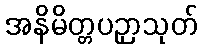
အနိမိတ္တပဉှာသုတ်